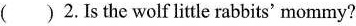
( ) 2.Is the wolf little rabbits' mommy?